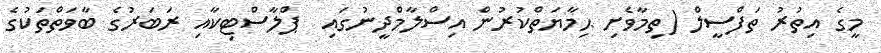
މީގެ އިތުރު ތަފްސީލް (ތިމާވެށި ޙިމާޔަތްކުރުން އިސްލާމްދީނުގައި  ޕްލާސްޓިކާއި ރަބަރުގެ ބާވަތްތަކުގެ